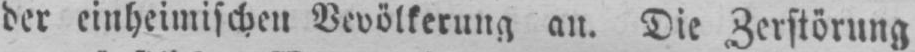
der einheimischen Bevölkerung an. Die Zerstörung